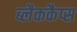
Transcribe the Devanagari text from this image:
ब्लैककैप्स